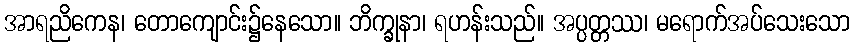
အာရညိကေန၊ တောကျောင်း၌နေသော။ ဘိက္ခုနာ၊ ရဟန်းသည်။ အပ္ပတ္တဿ၊ မရောက်အပ်သေးသော